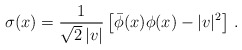
\begin{align*}\sigma(x)=\frac{1}{\sqrt{2}\,|v|}\left[\bar\phi(x)\phi(x)-|v|^2\right]\,.\end{align*}